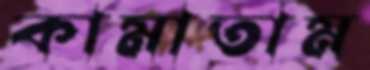
কামাতাম